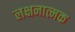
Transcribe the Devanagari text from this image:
लक्षनात्मक